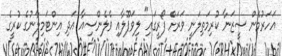
އަހަރުމެން ސީޒަނާ ކުރިމަތިލަނީ ވަރަށް ފޯރީގައި" ލިވަޕޫލާއި ވެލެންސިއާ އަދި އިންޓަމިލާނުގެ ކުރީގެ